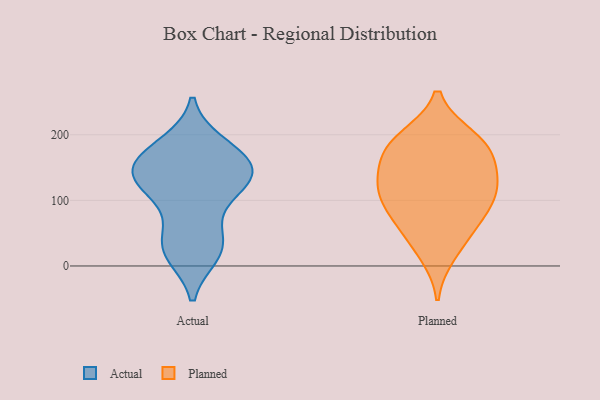
{"axis": {"x": "Net Income (USD K)", "y": "Value"}, "legend": ["Actual", "Planned"], "data": [{"x": "", "y": 170, "type": "Actual"}, {"x": "", "y": 185, "type": "Actual"}, {"x": "", "y": 145, "type": "Actual"}, {"x": "", "y": 153, "type": "Actual"}, {"x": "", "y": 127, "type": "Actual"}, {"x": "", "y": 113, "type": "Actual"}, {"x": "", "y": 21, "type": "Actual"}, {"x": "", "y": 129, "type": "Actual"}, {"x": "", "y": 18, "type": "Actual"}, {"x": "", "y": 186, "type": "Actual"}, {"x": "", "y": 38, "type": "Actual"}, {"x": "", "y": 55, "type": "Actual"}, {"x": "", "y": 23, "type": "Actual"}, {"x": "", "y": 103, "type": "Actual"}, {"x": "", "y": 138, "type": "Actual"}, {"x": "", "y": 154, "type": "Actual"}, {"x": "", "y": 148, "type": "Actual"}, {"x": "", "y": 105, "type": "Planned"}, {"x": "", "y": 112, "type": "Planned"}, {"x": "", "y": 196, "type": "Planned"}, {"x": "", "y": 18, "type": "Planned"}, {"x": "", "y": 48, "type": "Planned"}, {"x": "", "y": 184, "type": "Planned"}, {"x": "", "y": 194, "type": "Planned"}, {"x": "", "y": 149, "type": "Planned"}, {"x": "", "y": 110, "type": "Planned"}, {"x": "", "y": 151, "type": "Planned"}, {"x": "", "y": 81, "type": "Planned"}, {"x": "", "y": 125, "type": "Planned"}, {"x": "", "y": 175, "type": "Planned"}, {"x": "", "y": 66, "type": "Planned"}]}